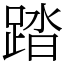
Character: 踏